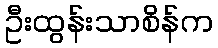
ဦးထွန်းသာစိန်က